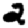
Digit: 2